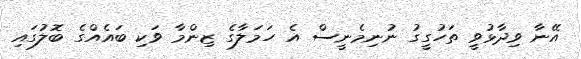
އޭނާ ވިދާޅުވީ ތަހުގީގު ނުނިމެނީސް އެ ހަމަލާގެ ޒިންމާ ވަކި ބައެއްގެ ބޮލުގައި